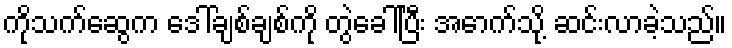
ကိုသက်ဆွေက ဒေါ်ချစ်ချစ်ကို တွဲခေါ်ပြီး အောက်သို့ ဆင်းလာခဲ့သည်။